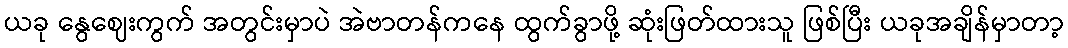
ယခု နွေဈေးကွက် အတွင်းမှာပဲ အဲဗာတန်ကနေ ထွက်ခွာဖို့ ဆုံးဖြတ်ထားသူ ဖြစ်ပြီး ယခုအချိန်မှာတာ့